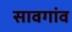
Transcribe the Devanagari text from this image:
सावगांव